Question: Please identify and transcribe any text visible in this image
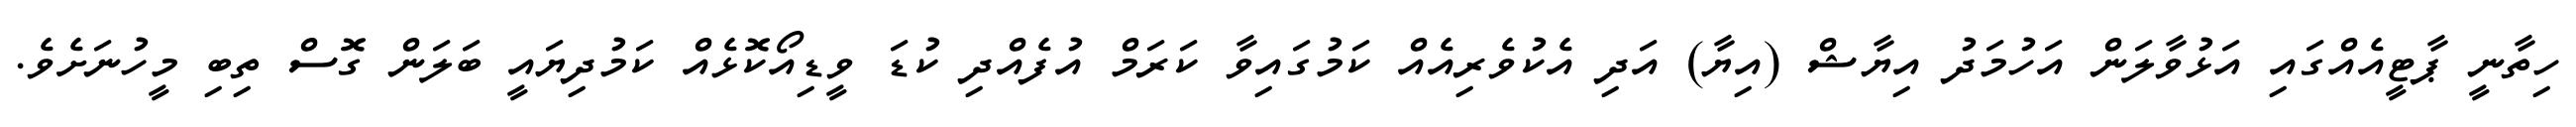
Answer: ހިތާނީ ޕާޓީއެއްގައި އަޅުވާލަން އަހުމަދު އިޔާޝް (އިޔާ) އަދި އެކުވެރިއެއް ކަމުގައިވާ ކަރަމް އުފެއްދި ކުޑަ ވީޑިއޯކޮޅެއް ކަމުދިޔައީ ބަލަން ގޮސް ތިބި މީހުނަށެވެ.